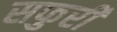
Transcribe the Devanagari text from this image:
सफुरी